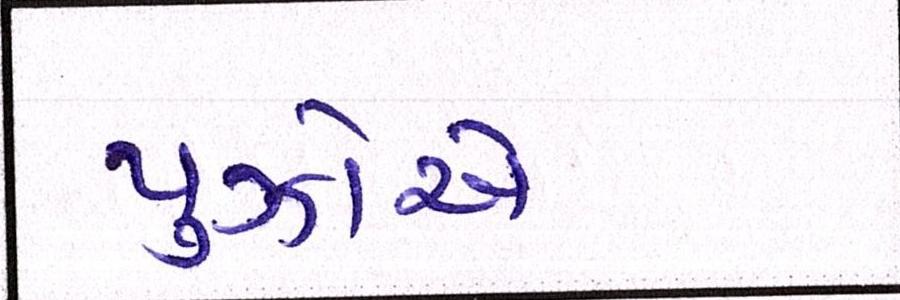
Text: પુઝોએ